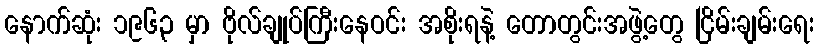
နောက်ဆုံး ၁၉၆၃ မှာ ဗိုလ်ချုပ်ကြီးနေဝင်း အစိုးရနဲ့ တောတွင်းအဖွဲ့တွေ ငြိမ်းချမ်းရေး